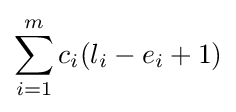
\sum _{i=1}^{m}c_{i}(l_{i}-e_{i}+1)